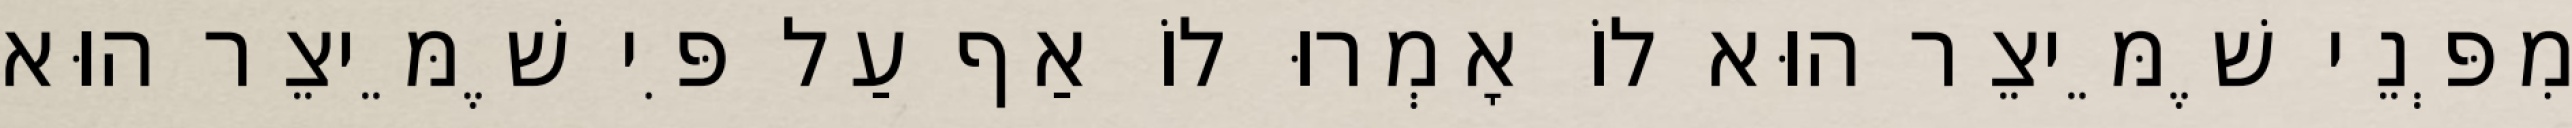
מִפְּנֵי שֶׁמֵּיצֵר הוּא לוֹ אָמְרוּ לוֹ אַף עַל פִּי שֶׁמֵּיצֵר הוּא